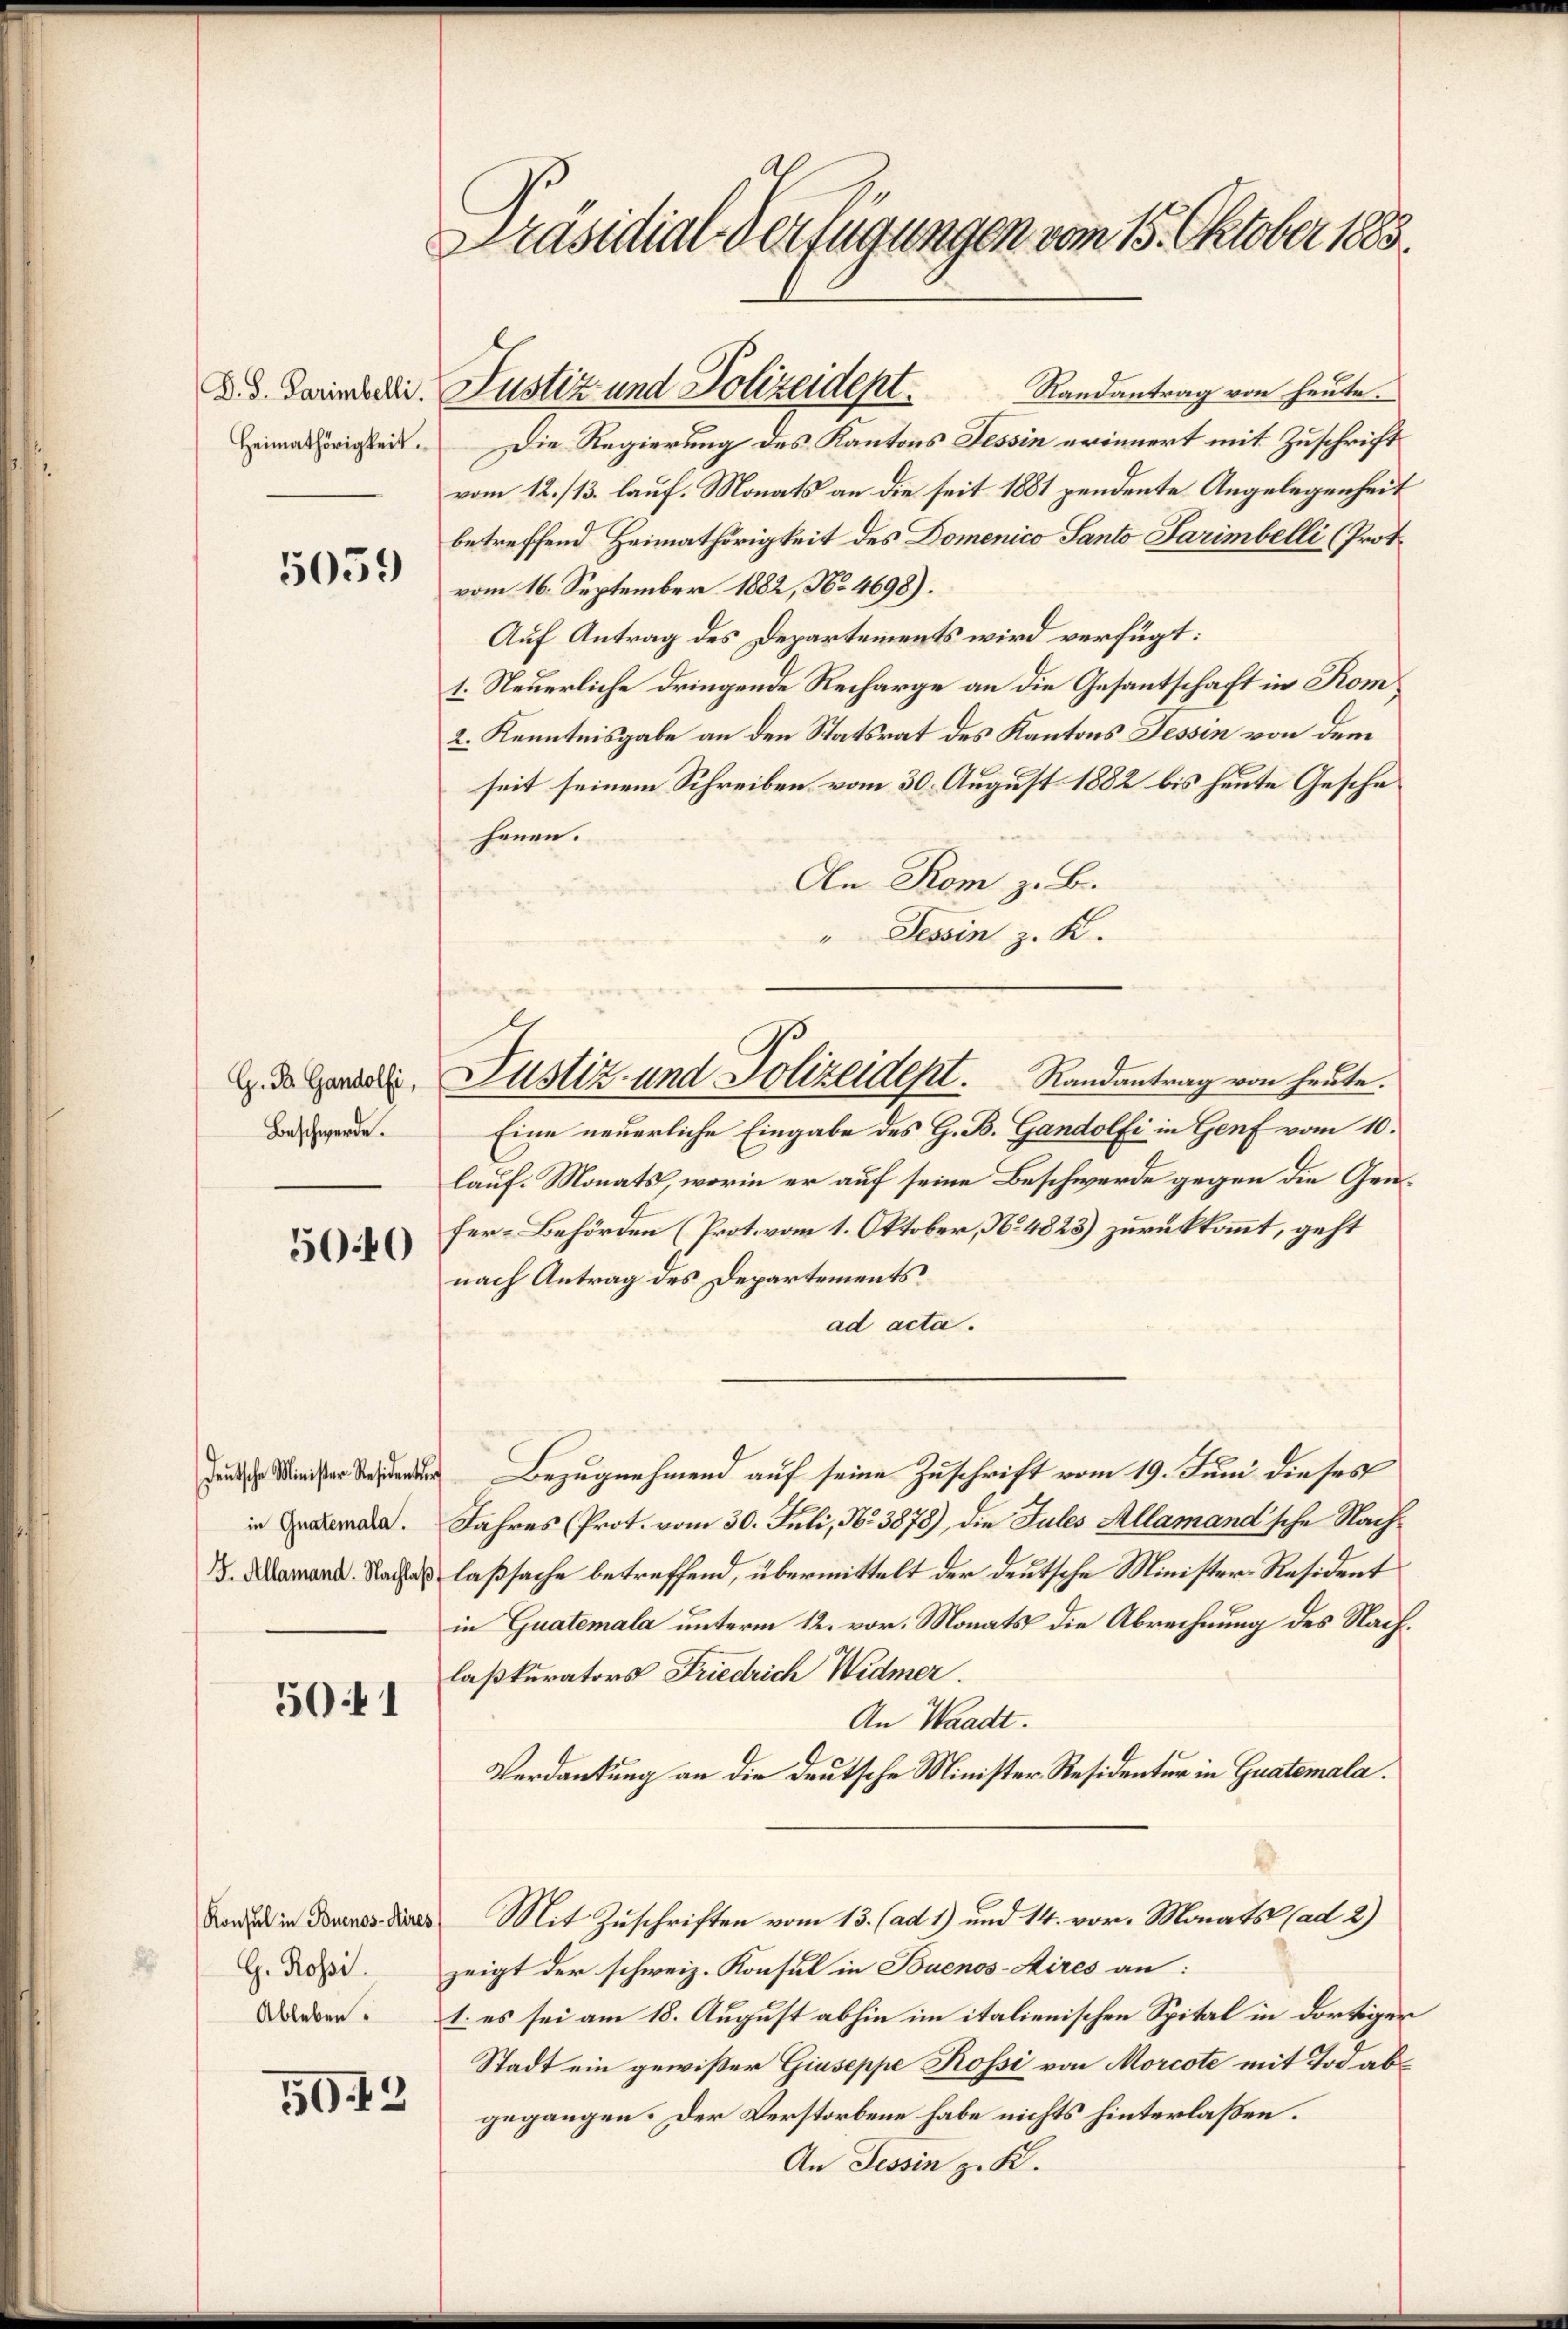
D. S. Parimbelli.
Heimathörigkeit.

5059

G. B. Gandolfi,
Beschwerde.

5040

deutsche Minister Residente
in Gnatemala.
G. Allamand. Nachlas

5041

Konsul in Buenos-Aires
G. Rossi.
Ableben.

502

Präsidial-Verfügungen vom 15. Oktober 1883.

Randantrag von heute.
Die Regierung des Kantons Tessin erinnert mit Zuschrift
vom 12./13. lauf. Monats an die seit 1881 pendente Angelegenheit
betreffend Heimathörigkeit des Domenico Santo Sarimbelli (Prot.
vom 16. September 1882, No 4698).
Auf Antrag des Departements wird verfügt:
1. Steuerliche dringende Recharge an die Gesantschaft in Kom
2. Kenntnisgabe an den Statsrat des Kantons Tessin von dem
seit seinem Schreiben vom 30. August 1882 bis heute Geschehenen.
An Rom z. B.
" Tessin z. K.
Eine neuerliche Eingabe des G. B. Gandolfi in Genf vom 10.
lauf. Monats, worin er auf seine Beschwerde gegen die Genfer-Behörden (Prot vom 1. Oktober, No. 4823) zurückkannt, geht
nach Antrag des Departements
ad acta.
Bezugnehmend auf seine Zuschrift vom 19. Juni dieses
Jahres Prot. vom 30. Juli, Nr. 3878), die Jules Allamand'sche Nachlaßsache betreffend, übermittelt der deutsche Minister-Resident
in Guatemala unterm 12. vor. Monats die Abrechnung des Nachlaßkurators Friedrich Widmer.
An Waadt.
Verdankung an die deutsche Minister-Residentur in Guatemala.
Mit Zuschriften vom 13. (ad 1) und 14. vor. Monats (ad 2)
zeigt der schweiz. Konsul in Buenos-Aires an:
1. es sei am 18. August abhin im italienischen Spital in dortiger
Stadt ein gewißer Giuseppe Rossi von Morcote mit Tod abgegangen. Der Verstorbene habe nichts hinterlaßen.
An Tessin z. K.

Justiz und Polizeidept.

Justiz und Polizeidept. Randantrag von heute.